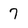
Character: 7